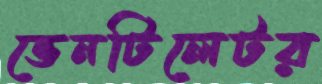
ভেনটিলেটর